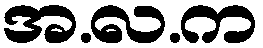
အ.လ.က